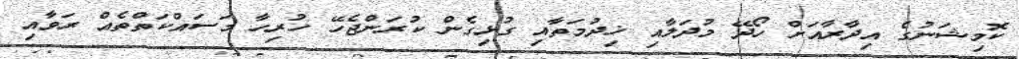
ކޮމިޝަނުގެ އިދާރާއަށް ހޯދޭ މުދަލާއި ޚިދުމަތާއި ގުޅިގެން ކުރަންޖެހޭ ހުރިހާ މަސައްކަތްތެއް ރަވާއި